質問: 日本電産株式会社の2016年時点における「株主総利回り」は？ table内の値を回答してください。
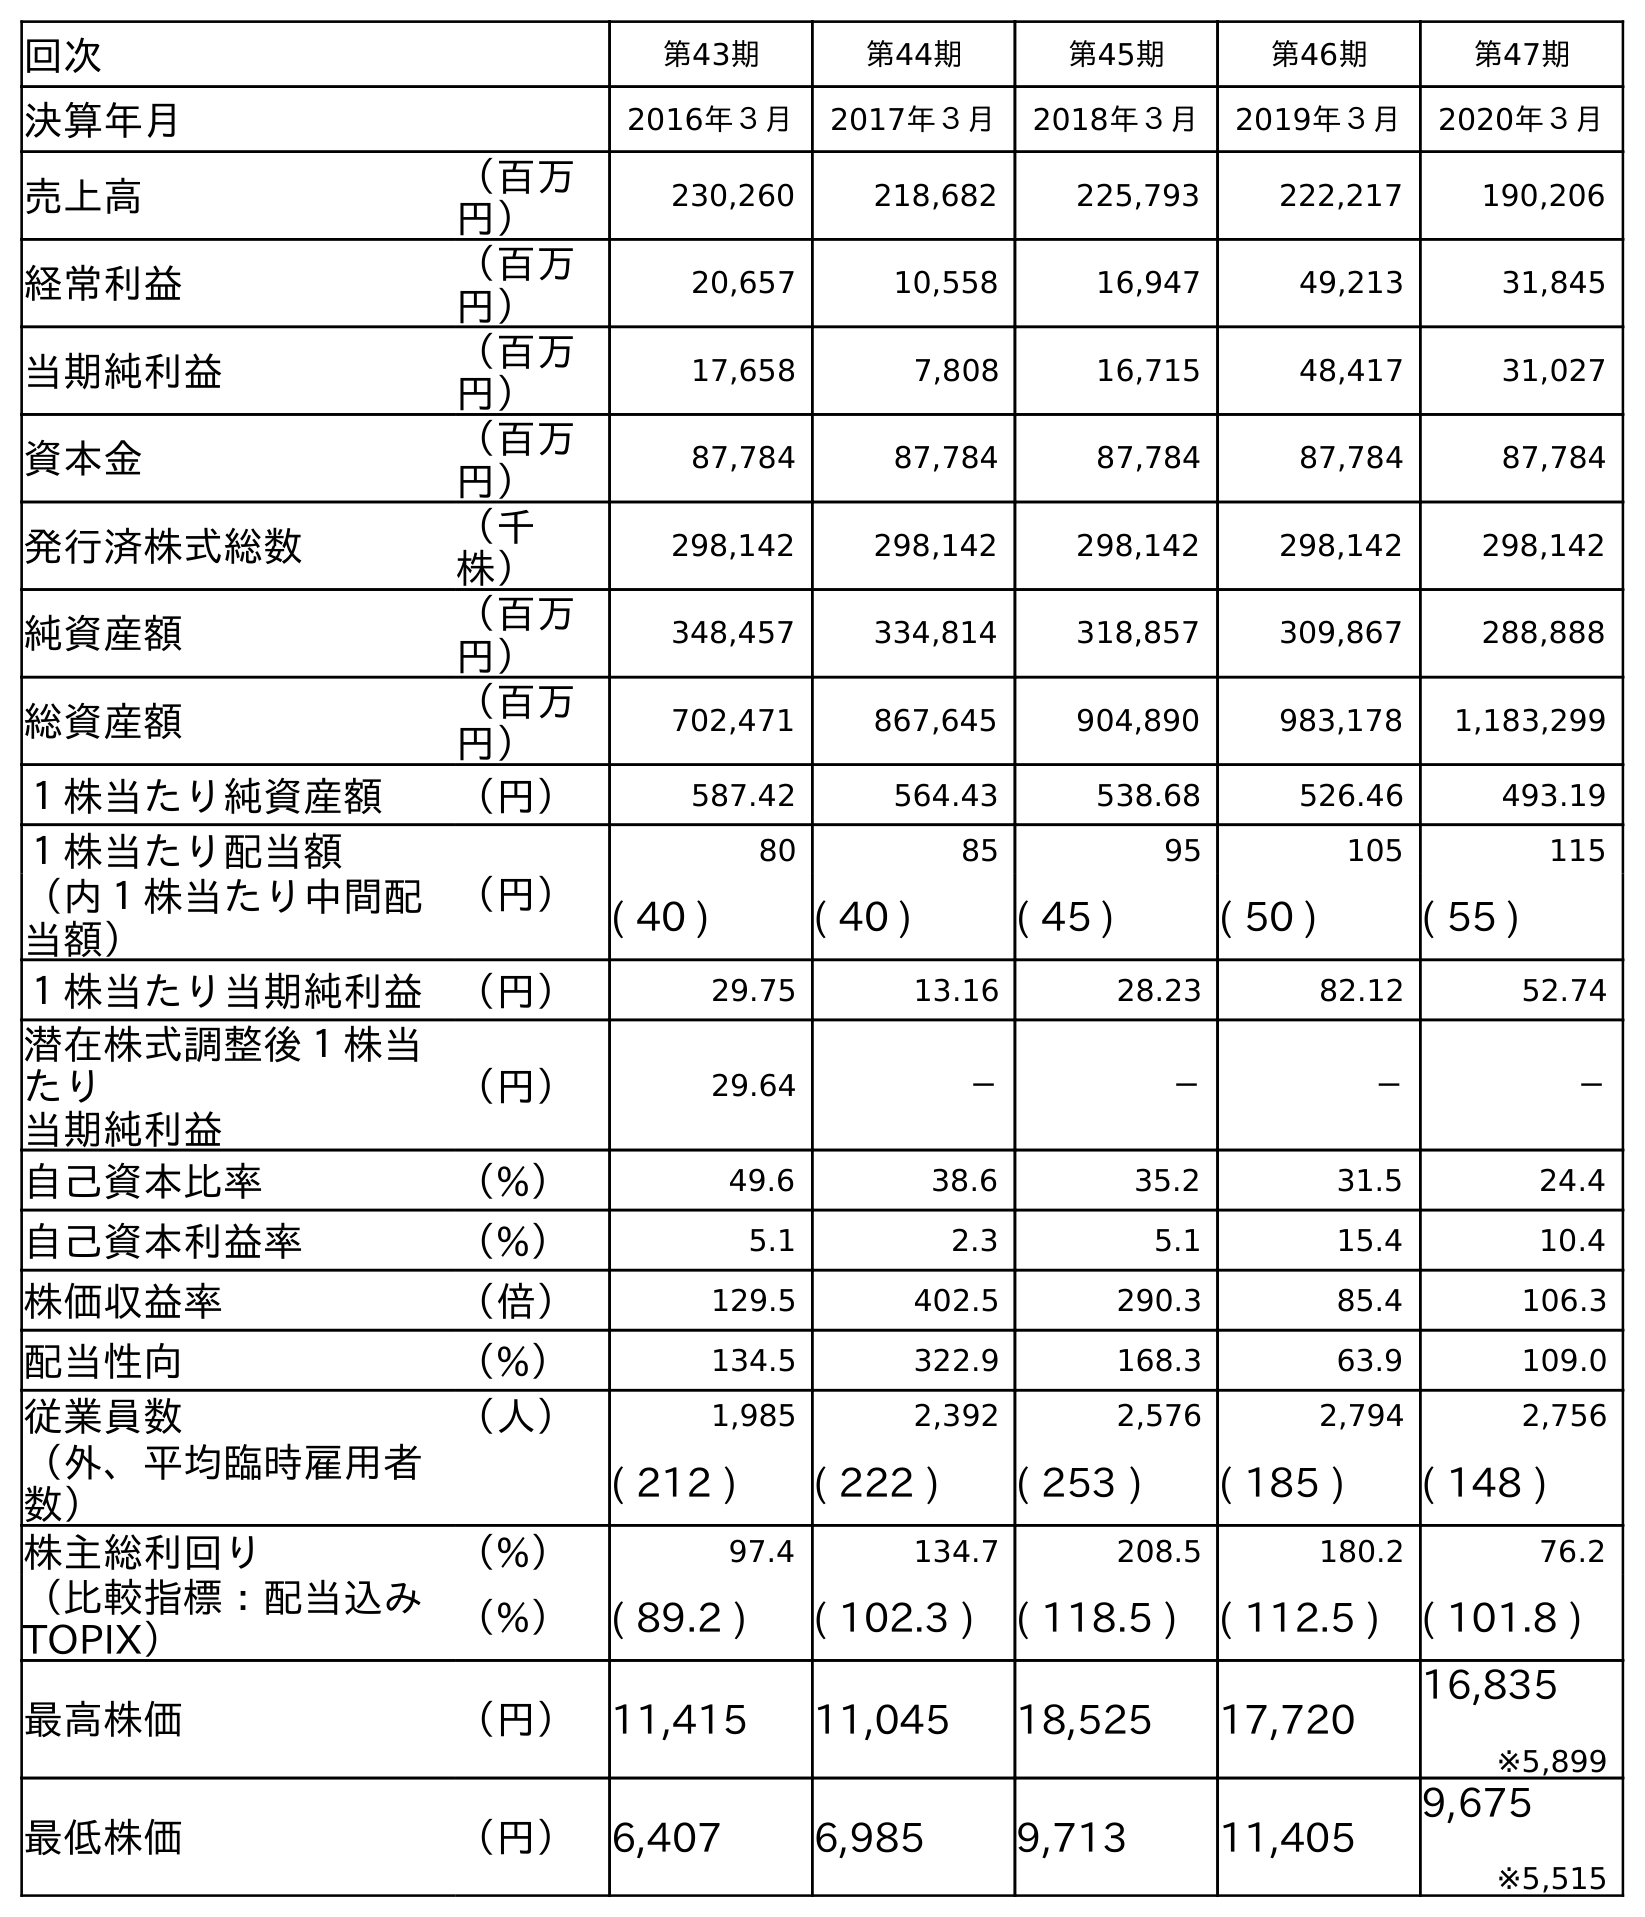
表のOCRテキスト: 回次 第43期 第44期 第45期 第46期 第47期 決算年月 2016年３月 2017年３月 2018年３月 2019年３月 2020年３月 売上高 （百万 円） 230,260 218,682 225,793 222,217 190,206 経常利益 （百万 円） 20,657 10,558 16,947 49,213 31,845 当期純利益 （百万 円） 17,658 7,808 16,715 48,417 31,027 資本金 （百万 円） 87,784 87,784 87,784 87,784 87,784 発行済株式総数 （千 株） 298,142 298,142 298,142 298,142 298,142 純資産額 （百万 円） 348,457 334,814 318,857 309,867 288,888 総資産額 （百万 円） 702,471 867,645 904,890 983,178 1,183,299 １株当たり純資産額 （円） 587.42 564.43 538.68 526.46 493.19 １株当たり配当額 （円） 80 85 95 105 115 （内１株当たり中間配 当額） ( 40 ) ( 40 ) ( 45 ) ( 50 ) ( 55 ) １株当たり当期純利益 （円） 29.75 13.16 28.23 82.12 52.74 潜在株式調整後１株当 たり 当期純利益 （円） 29.64 － － － － 自己資本比率 （%） 49.6 38.6 35.2 31.5 24.4 自己資本利益率 （%） 5.1 2.3 5.1 15.4 10.4 株価収益率 （倍） 129.5 402.5 290.3 85.4 106.3 配当性向 （%） 134.5 322.9 168.3 63.9 109.0 従業員数 （人） 1,985 2,392 2,576 2,794 2,756 （外、平均臨時雇用者 数） ( 212 ) ( 222 ) ( 253 ) ( 185 ) ( 148 ) 株主総利回り （%） 97.4 134.7 208.5 180.2 76.2 （比較指標：配当込み TOPIX） （%） ( 89.2 ) ( 102.3 ) ( 118.5 ) ( 112.5 ) ( 101.8 ) 最高株価 （円） 11,415 11,045 18,525 17,720 16,835 ※5,899 最低株価 （円） 6,407 6,985 9,713 11,405 9,675 ※5,515
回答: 97.4